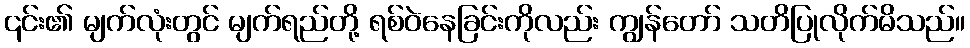
၎င်း၏ မျက်လုံးတွင် မျက်ရည်တို့ ရစ်ဝဲနေခြင်းကိုလည်း ကျွန်တော် သတိပြုလိုက်မိသည်။